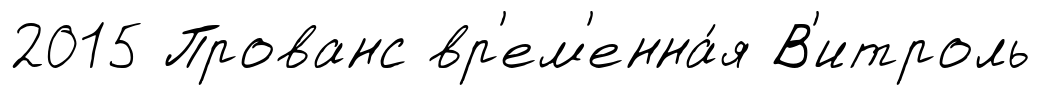
2015 Прованс вр'ем'енна́я В'итроль